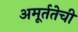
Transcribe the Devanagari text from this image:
अमूर्ततेची